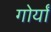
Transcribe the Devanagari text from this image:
गोर्यां